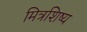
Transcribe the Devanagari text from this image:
मित्रशिष्य